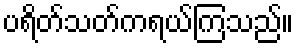
ပရိတ်သတ်ကရယ်ကြသည်။